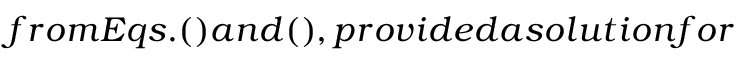
f r o m E q s . ( ) a n d ( ) , p r o v i d e d a s o l u t i o n f o r